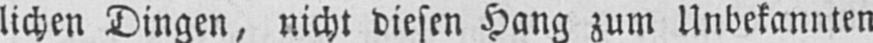
lichen Dingen, nicht diesen Hang zum Unbekannten